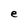
Character: e